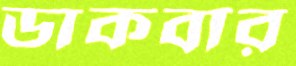
ডাকবার